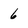
Character: 6